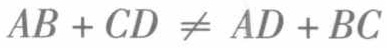
\(AB + CD \neq AD + BC\)